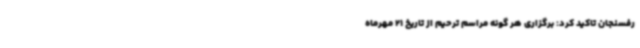
رفسنجان تاکید کرد: برگزاری هر گونه مراسم ترحیم از تاریخ 21 مهرماه